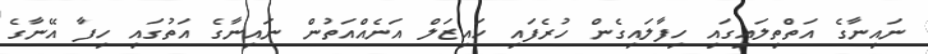
ނައިނާގެ އަތްތިލައިގައި ހިފާލައިގެން ހުރެފައި ހައިޒަލް އަނެއްއަތުން ނައިނާގެ އަތުގައި ހިފާ އޭނާގެ